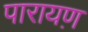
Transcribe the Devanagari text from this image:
पारायण़